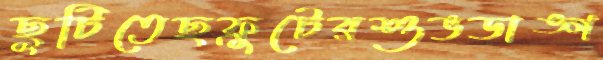
ছুটিতেছফ্রুটেরশুভডাঙ্গ